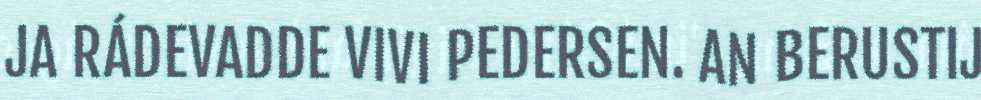
JA RÁDEVADDE VIVI PEDERSEN. AN BERUSTIJ